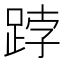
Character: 𨁝